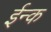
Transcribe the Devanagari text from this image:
ईन्क